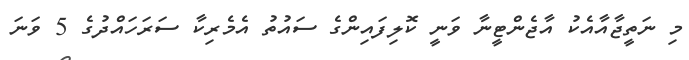
މި ނަތީޖާއާއެކު އާޖެންޓީނާ ވަނީ ކޮލިފައިންގެ ސައުތު އެމެރިކާ ސަރަހައްދުގެ 5 ވަނަ